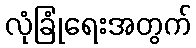
လုံခြုံရေးအတွက်